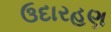
ઉદારહણ